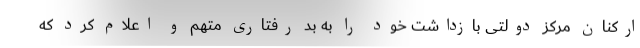
ارکنان مرکز دولتی بازداشت خود را به بد رفتاری متهم و اعلام کرد که